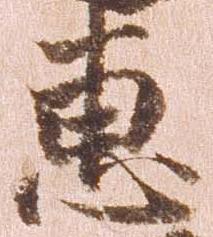
恵